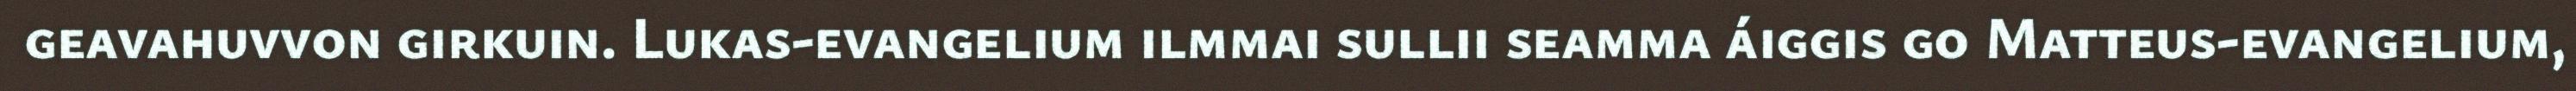
geavahuvvon girkuin. Lukas-evangelium ilmmai sullii seamma áiggis go Matteus-evangelium,